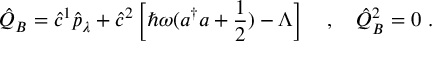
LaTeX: \hat { Q } _ { B } = \hat { c } ^ { 1 } \hat { p } _ { \lambda } + \hat { c } ^ { 2 } \left[ \hbar \omega ( a ^ { \dagger } a + \frac { 1 } { 2 } ) - \Lambda \right] \ \ \ , \ \ \ \hat { Q } _ { B } ^ { 2 } = 0 \ .